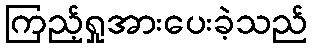
ကြည့်ရှုအားပေးခဲ့သည်